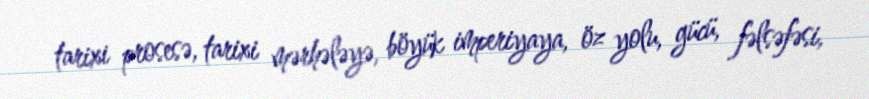
tarixi prosesə, tarixi mərhələyə, böyük imperiyaya, öz yolu, gücü, fəlsəfəsi,